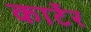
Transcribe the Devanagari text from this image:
कार्टेर